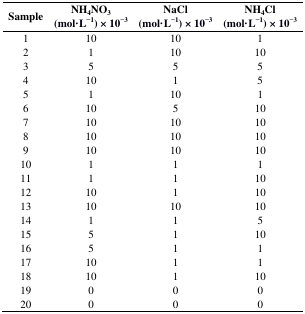
<table><thead><tr><td><b>Sample</b></td><td><b>NH<sub>4</sub>NO<sub>3</sub>(mol·L<sup>−1</sup>) × 10<sup>−3</sup></b></td><td><b>NaCl (mol·L<sup>−1</sup>) × 10<sup>−3</sup></b></td><td><b>NH<sub>4</sub>Cl (mol·L<sup>−1</sup>) × 10<sup>−3</sup></b></td></tr></thead><tbody><tr><td>1</td><td>10</td><td>10</td><td>1</td></tr><tr><td>2</td><td>1</td><td>10</td><td>10</td></tr><tr><td>3</td><td>5</td><td>5</td><td>5</td></tr><tr><td>4</td><td>10</td><td>1</td><td>5</td></tr><tr><td>5</td><td>1</td><td>10</td><td>1</td></tr><tr><td>6</td><td>10</td><td>5</td><td>10</td></tr><tr><td>7</td><td>10</td><td>10</td><td>10</td></tr><tr><td>8</td><td>10</td><td>10</td><td>10</td></tr><tr><td>9</td><td>10</td><td>10</td><td>10</td></tr><tr><td>10</td><td>1</td><td>1</td><td>1</td></tr><tr><td>11</td><td>1</td><td>1</td><td>10</td></tr><tr><td>12</td><td>10</td><td>1</td><td>10</td></tr><tr><td>13</td><td>10</td><td>10</td><td>10</td></tr><tr><td>14</td><td>1</td><td>1</td><td>5</td></tr><tr><td>15</td><td>5</td><td>1</td><td>10</td></tr><tr><td>16</td><td>5</td><td>1</td><td>1</td></tr><tr><td>17</td><td>10</td><td>1</td><td>1</td></tr><tr><td>18</td><td>10</td><td>1</td><td>10</td></tr><tr><td>19</td><td>0</td><td>0</td><td>0</td></tr><tr><td>20</td><td>0</td><td>0</td><td>0</td></tr></tbody></table>